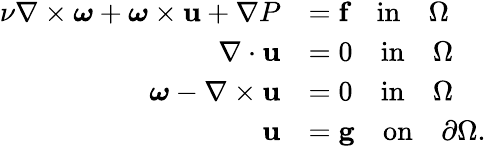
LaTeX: \begin{array}{rl}{\nu\nabla\times\boldsymbol{\omega}+\boldsymbol{\omega}\times\textbf{u}+\nabla P}&{=\textbf{f}\quad\textup{in}\quad\Omega}\\ {\nabla\cdot\textbf{u}}&{=0\quad\textup{in}\quad\Omega}\\ {\boldsymbol{\omega}-\nabla\times\textbf{u}}&{=0\quad\textup{in}\quad\Omega}\\ {\textbf{u}}&{=\textbf{g}\quad\textup{on}\quad\partial\Omega.}\end{array}